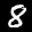
Label: 8